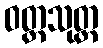
ဝတ္ထသုတ္တ